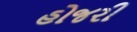
હોજરી